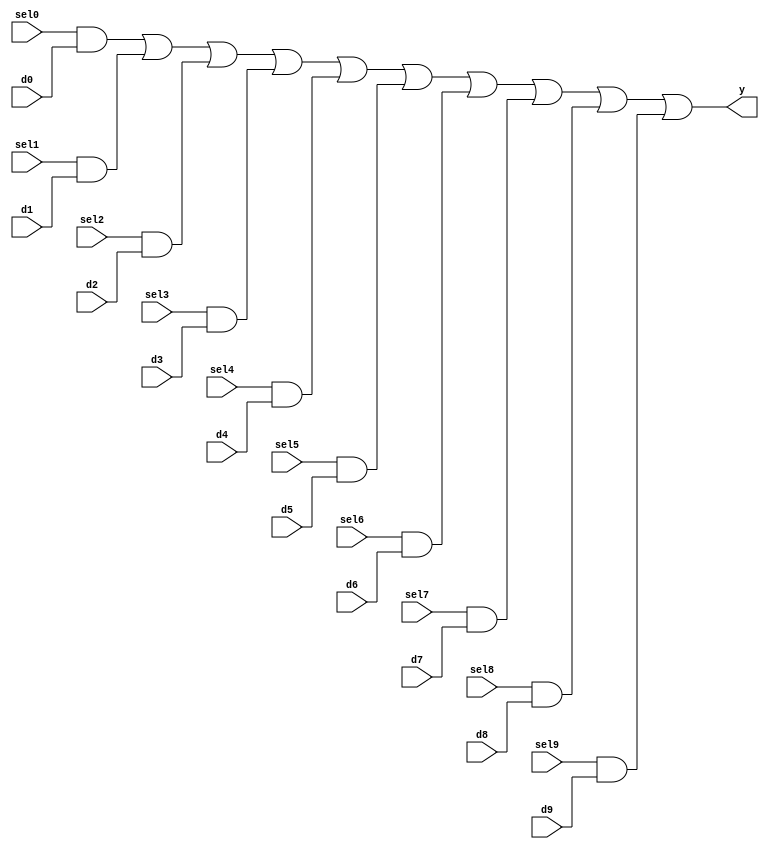
module mvp_mux1hot_10(
	y,
	sel0,
	d0,
	sel1,
	d1,
	sel2,
	d2,
	sel3,
	d3,
	sel4,
	d4,
	sel5,
	d5,
	sel6,
	d6,
	sel7,
	d7,
	sel8,
	d8,
	sel9,
	d9
);
// synopsys template
parameter WIDTH = 1;

output [WIDTH-1:0]	y;

input			sel0;
input			sel1;
input			sel2;
input			sel3;
input			sel4;
input			sel5;
input			sel6;
input			sel7;
input			sel8;
input			sel9;
input  [WIDTH-1:0]	d0;
input  [WIDTH-1:0]	d1;
input  [WIDTH-1:0]	d2;
input  [WIDTH-1:0]	d3;
input  [WIDTH-1:0]	d4;
input  [WIDTH-1:0]	d5;
input  [WIDTH-1:0]	d6;
input  [WIDTH-1:0]	d7;
input  [WIDTH-1:0]	d8;
input  [WIDTH-1:0]	d9;


 assign y = 
	{WIDTH{sel0}} & d0 |
	{WIDTH{sel1}} & d1 |
	{WIDTH{sel2}} & d2 |
	{WIDTH{sel3}} & d3 |
	{WIDTH{sel4}} & d4 |
	{WIDTH{sel5}} & d5 |
	{WIDTH{sel6}} & d6 |
	{WIDTH{sel7}} & d7 |
	{WIDTH{sel8}} & d8 |
	{WIDTH{sel9}} & d9 ;


endmodule